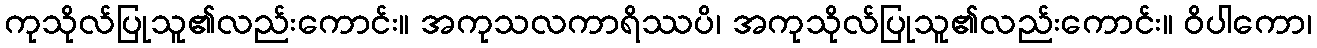
ကုသိုလ်ပြုသူ၏လည်းကောင်း။ အကုသလကာရိဿပိ၊ အကုသိုလ်ပြုသူ၏လည်းကောင်း။ ဝိပါကော၊